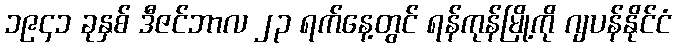
၁၉၄၁ ခုနှစ် ဒီဇင်ဘာလ ၂၃ ရက်နေ့တွင် ရန်ကုန်မြို့ကို ဂျပန်နိုင်ငံ